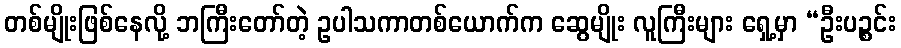
တစ်မျိုးဖြစ်နေလို့ ဘကြီးတော်တဲ့ ဥပါသကာတစ်ယောက်က ဆွေမျိုး လူကြီးများ ရှေ့မှာ “ဦးပဉ္စင်း